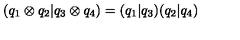
( q _ { 1 } \otimes q _ { 2 } \vert q _ { 3 } \otimes q _ { 4 } ) = ( q _ { 1 } \vert q _ { 3 } ) ( q _ { 2 } \vert q _ { 4 } )